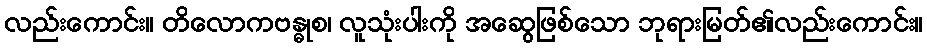
လည်းကောင်း။ တိလောကဗန္ဓုစ၊ လူသုံးပါးကို အဆွေဖြစ်သော ဘုရားမြတ်၏လည်းကောင်း။